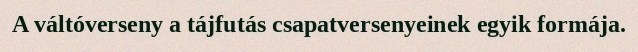
A váltóverseny a tájfutás csapatversenyeinek egyik formája.